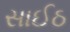
સાઈઠ